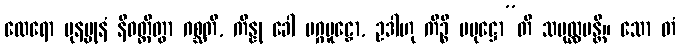
ထေရော ပုနပ္ပုနံ နိဝတ္တိတွာ ဂစ္ဆတိ, ကိန္နု ခေါ မဂ္ဂမူဠှော, ဥဒါဟု ကိဉ္စိ ပမုဋ္ဌော”တိ သမုလ္လပန္တိ။ သော တံ